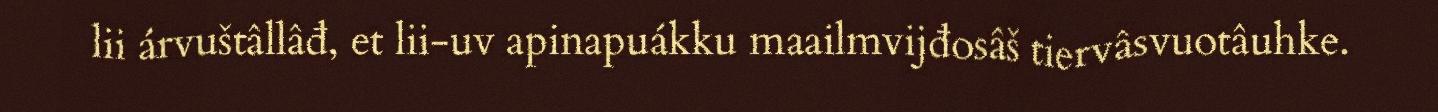
lii árvuštâllâđ, et lii-uv apinapuákku maailmvijđosâš tiervâsvuotâuhke.